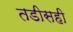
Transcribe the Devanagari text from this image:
तडीसही